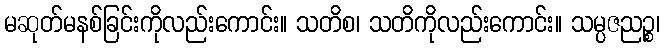
မဆုတ်မနစ်ခြင်းကိုလည်းကောင်း။ သတိစ၊ သတိကိုလည်းကောင်း။ သမ္ပဇညဉ္စ၊